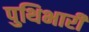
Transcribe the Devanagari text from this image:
पुथिभारी